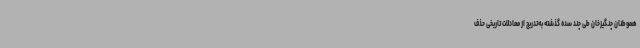
هموطنان چنگیزخان طی چند سده گذشته به‌تدریج از معادلات تاریخی حذف